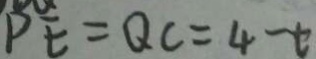
P E = Q C = 4 - t